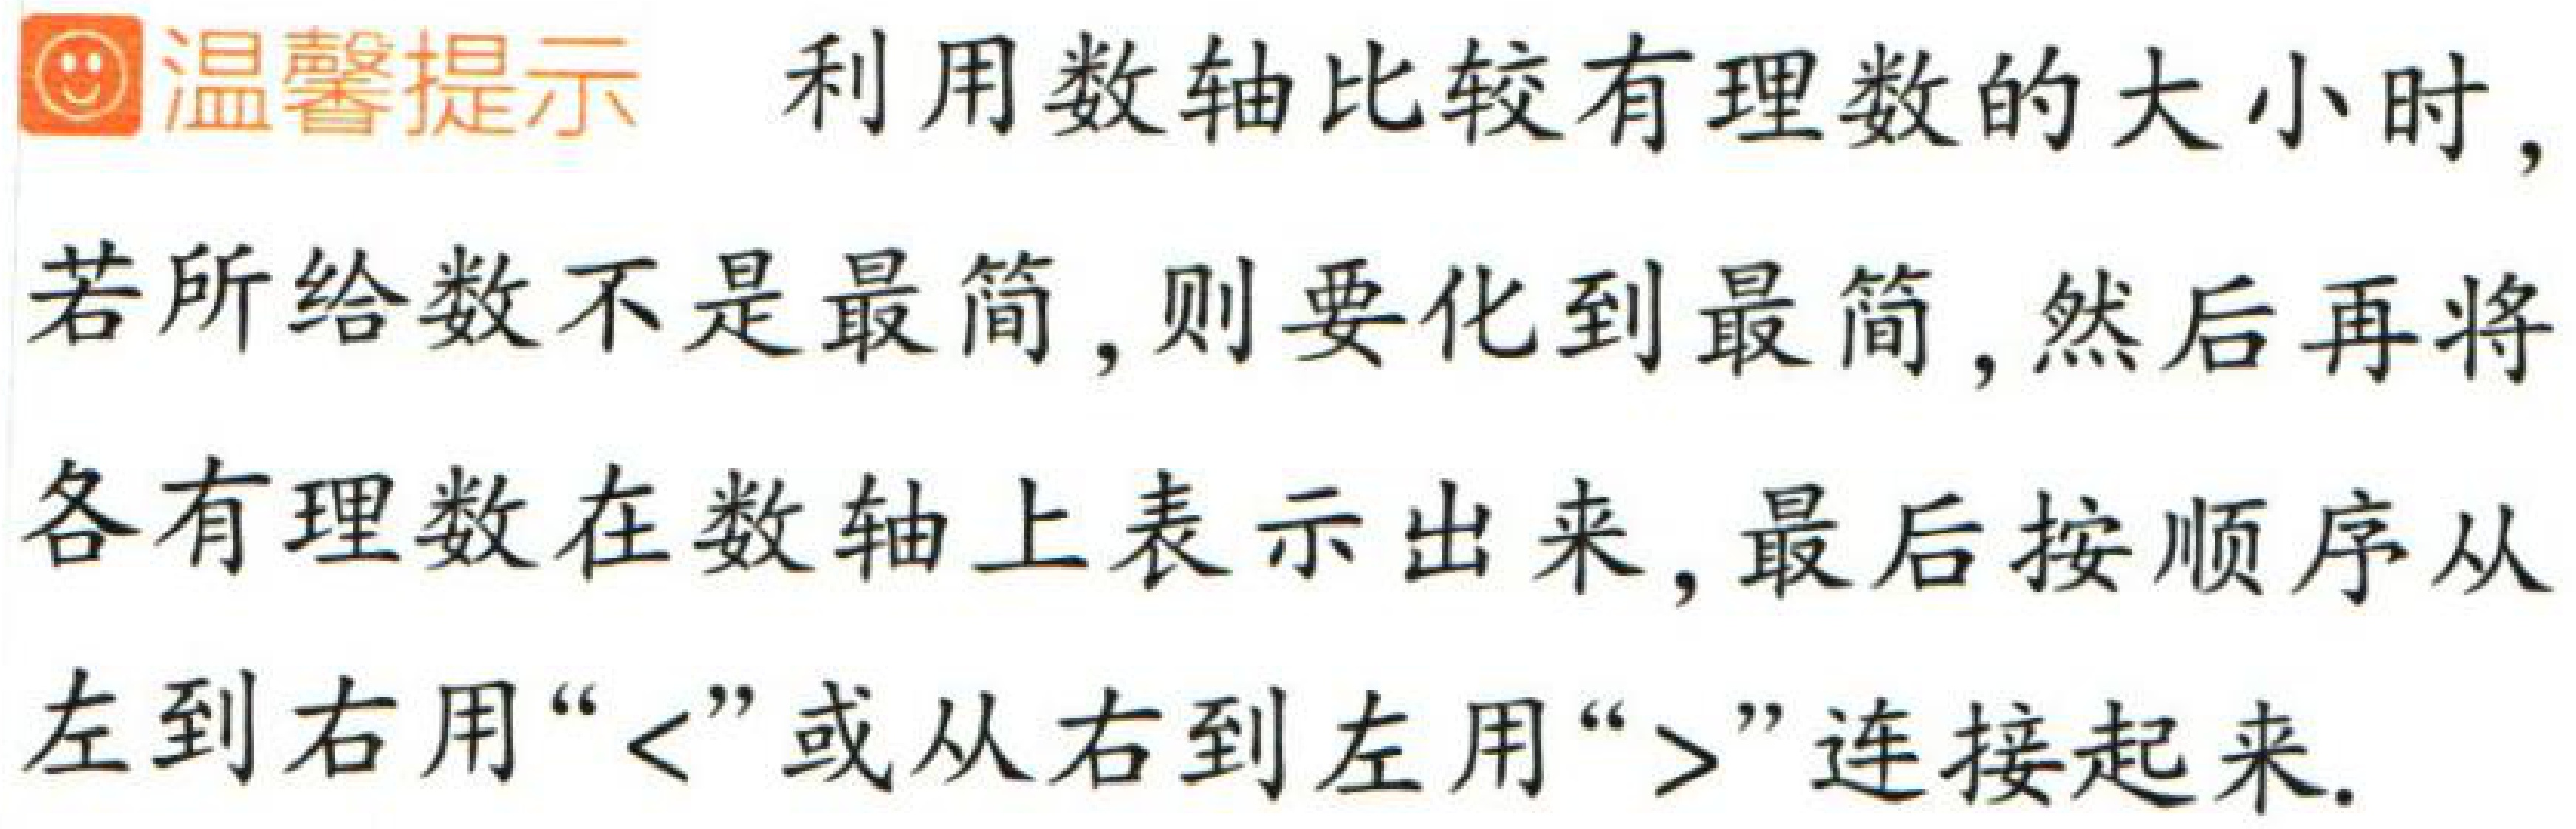
温馨提示 利用数轴比较有理数的大小时，若所给数不是最简，则要化到最简，然后再将各有理数在数轴上表示出来，最后按顺序从左到右用“<”或从右到左用“>”连接起来.